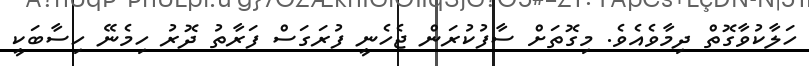
ހަލާކުވާގޮތް ދިމާވެއެވެ. މިގޮތަށް ސާފުކުރަން ޖެހެނީ ފުރަގަސް ފަރާތު ދޮރު ހިމެނޭ ހިސާބަކީ